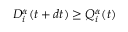
D _ { i } ^ { \alpha } ( t + d t ) \geq Q _ { i } ^ { \alpha } ( t )